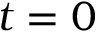
t = 0